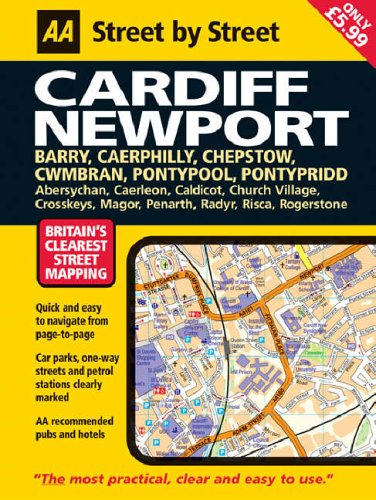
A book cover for AA Street by Street Cardiff, Newport: Midi; Andrew Gross; Travel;